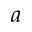
a